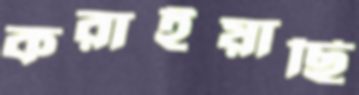
করাইয়াছি